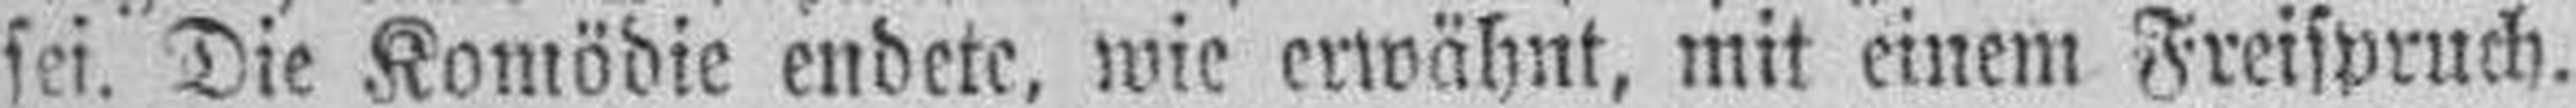
sei. Die Komödie endete, wie erwähnt, mit einem Freispruch.